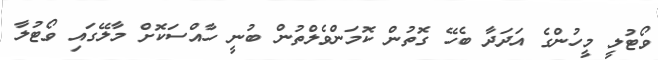
ވޯޓުލީ މީހުންގެ އަދަދާ ބެހޭ ގޮތުން ކޮމަންވެލްތުން ބުނީ ހާއްސަކޮށް މާލޭގައި ވޯޓުލާ